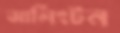
আর্লিংটন